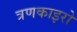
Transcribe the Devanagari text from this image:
त्रणकाइरो